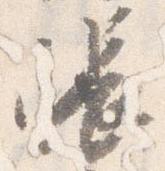
帳